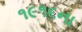
૧૯૧૬ના